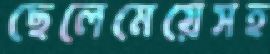
ছেলেমেয়েসহ